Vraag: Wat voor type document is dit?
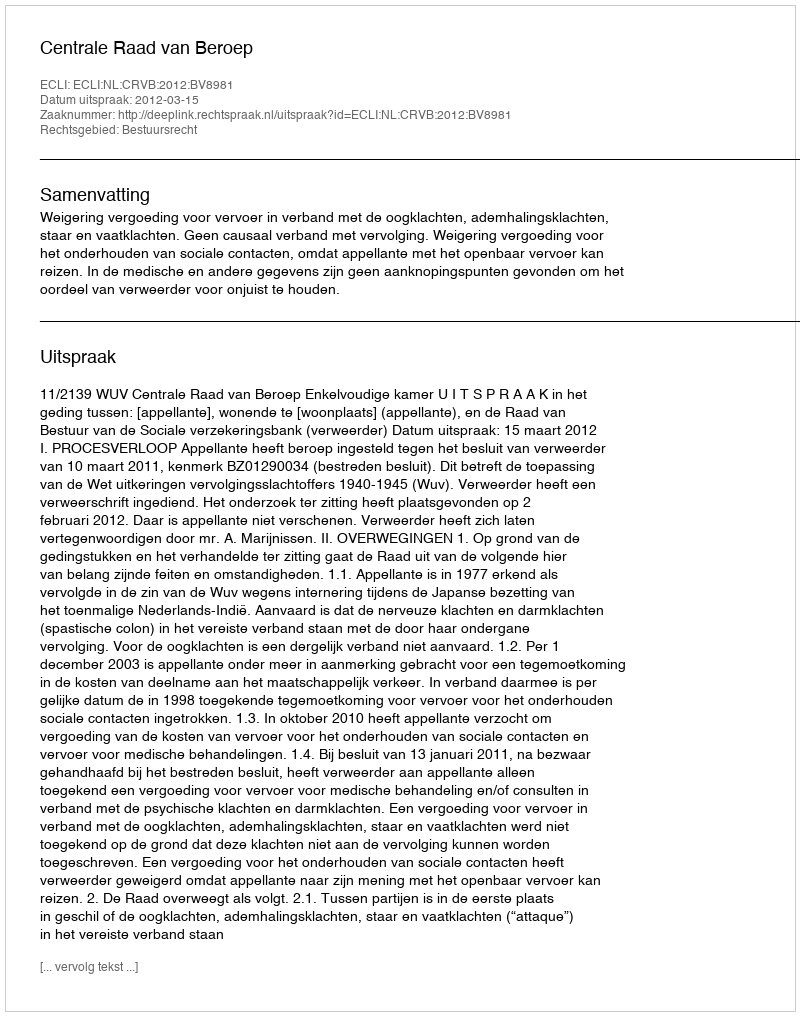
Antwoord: Uitspraak